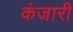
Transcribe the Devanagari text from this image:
कंजारी